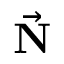
\vec { \mathbf { N } }